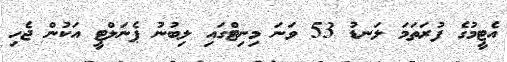
އެޓީމުގެ ފުރަތަމަ ލަނޑު 53 ވަނަ މިނިޓްގައި ލިބުނު ޕެނަލްޓީ އަކުން ޖެހި